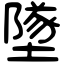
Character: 墜